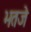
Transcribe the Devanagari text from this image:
भतजे